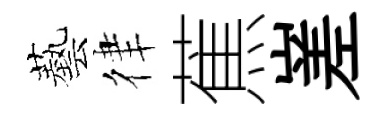
藝律蕉嵳